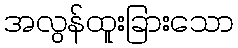
အလွန်ထူးခြားသော